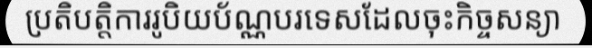
ប្រតិបត្តិការរូបិយប័ណ្ណបរទេសដែលចុះកិច្ចសន្យា